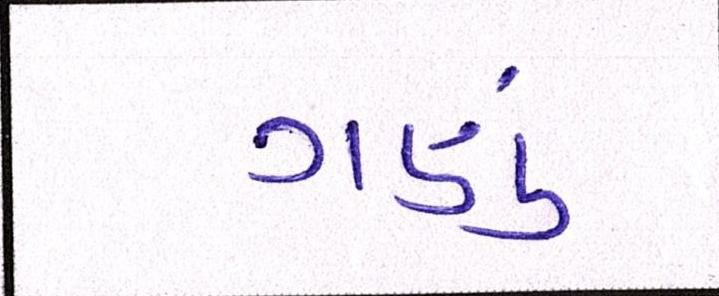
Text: ગણું